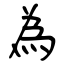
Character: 為